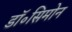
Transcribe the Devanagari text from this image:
डॉ॰सिमोन